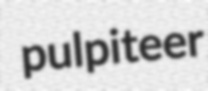
pulpiteer